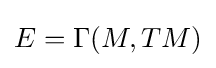
E=\Gamma (M,TM)